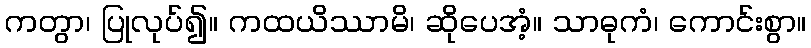
ကတွာ၊ ပြုလုပ်၍။ ကထယိဿာမိ၊ ဆိုပေအံ့။ သာဓုကံ၊ ကောင်းစွာ။